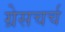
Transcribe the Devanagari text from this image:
ग्रेसचर्च